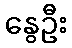
နွေဦး